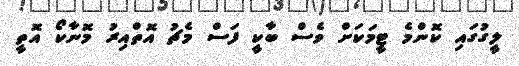
ލީގުގައި ކޮންމެ ޓީމަކަށް ވެސް ބާކީ ފަސް މެޗު އޮތްއިރު މޮނާކޯ އޮތީ